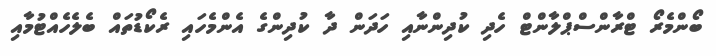
ބޯންމެރޯ ޓްރާންސްޕްލާންޓް ހެދި ކުދިންނާއި ހަދަން ދާ ކުދިންގެ އެންމެހައި ރެކޯޑުތައް ބެލެހެއްޓުމާއި